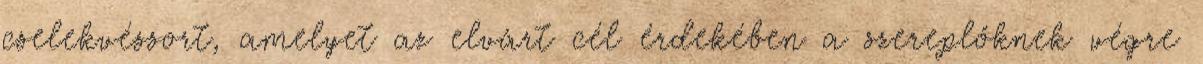
cselekvéssort, amelyet az elvárt cél érdekében a szereplőknek végre